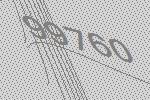
99760